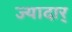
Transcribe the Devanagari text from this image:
ज्यादार्